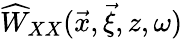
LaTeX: \widehat{W}_{XX}(\vec{x},\vec{\xi},z,\omega)